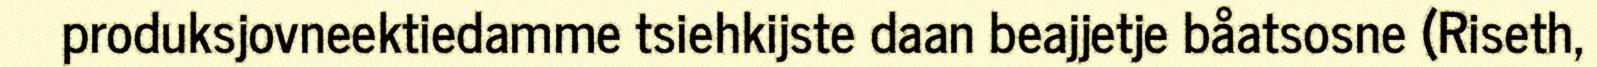
produksjovneektiedamme tsiehkijste daan beajjetje båatsosne (Riseth,